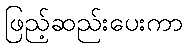
ဖြည့်ဆည်းပေးကာ